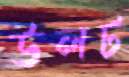
উলট